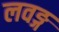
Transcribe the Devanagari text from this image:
लवङ्ग